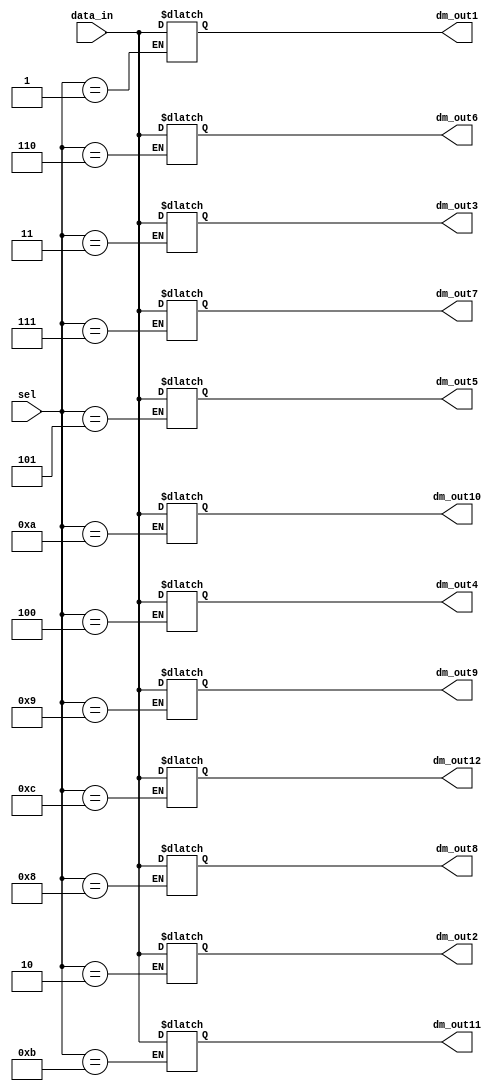
module demux_1_to_12 (
    input  [7:0] data_in,
    input  [3:0] sel,
    
    output reg [7:0] dm_out1,
    output reg [7:0] dm_out2,
    output reg [7:0] dm_out3,
    output reg [7:0] dm_out4,
    output reg [7:0] dm_out5,
    output reg [7:0] dm_out6,
    output reg [7:0] dm_out7,
    output reg [7:0] dm_out8,
    output reg [7:0] dm_out9,
    output reg [7:0] dm_out10,
    output reg [7:0] dm_out11,
    output reg [7:0] dm_out12
    
);
    always @(*) 
    begin
       
        case (sel)
            
            4'd1: dm_out1 = data_in;
            4'd2: dm_out2 = data_in;
            4'd3: dm_out3 = data_in;
            4'd4: dm_out4 = data_in;
            4'd5: dm_out5 = data_in;
            4'd6: dm_out6 = data_in;
            4'd7: dm_out7 = data_in;
            4'd8: dm_out8 = data_in;
            4'd9: dm_out9 = data_in;
            4'd10: dm_out10 = data_in;
            4'd11: dm_out11 = data_in;
            4'd12: dm_out12 = data_in;
            
            
        endcase
    end
endmodule